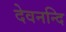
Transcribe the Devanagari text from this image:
देवनन्दि